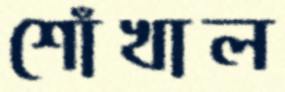
শোঁখাল